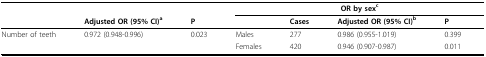
|  |  |  | <COLSPAN=4> OR by sexc |
 |  | Adjusted OR (95% CI)a | P |  | Cases | Adjusted OR (95% CI)b | P |
 | --- | --- | --- | --- | --- | --- | --- |
 | Number of teeth | 0.972 (0.948-0.996) | 0.023 | Males | 277 | 0.986 (0.955-1.019) | 0.399 |
 |  |  |  | Females | 420 | 0.946 (0.907-0.987) | 0.011 |